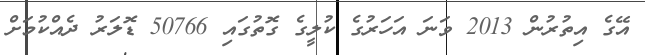
އޭގެ އިތުރުން 2013 ވަނަ އަހަރުގެ ކުލީގެ ގޮތުގައި 50766 ޑޮލަރު ދެއްކުމަށް